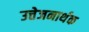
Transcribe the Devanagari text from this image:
उत्तेजनार्थक